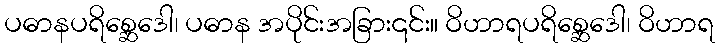
ပဓာနပရိစ္ဆေဒေါ၊ ပဓာန အပိုင်းအခြား၎င်း။ ဝိဟာရပရိစ္ဆေဒေါ၊ ဝိဟာရ